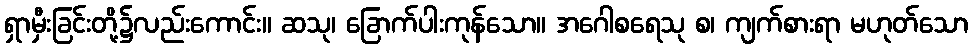
ရှာမှီးခြင်းတို့၌လည်းကောင်း။ ဆသု၊ ခြောက်ပါးကုန်သော။ အဂေါစရေသု စ၊ ကျက်စားရာ မဟုတ်သော